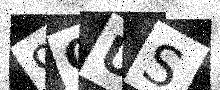
Text: 9QUS